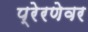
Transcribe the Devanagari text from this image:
प्रेरणेवर